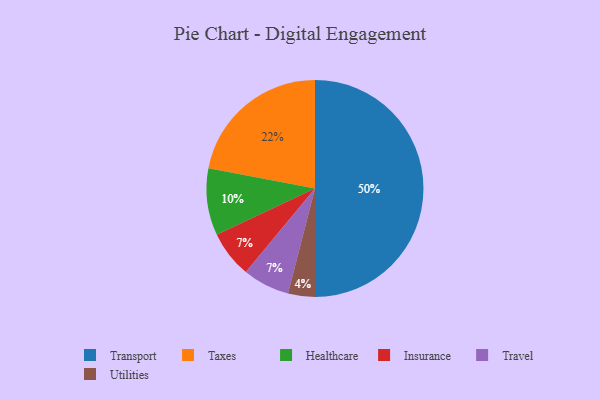
{"axis": {"x": "Category", "y": "Percentage"}, "legend": ["Healthcare", "Insurance", "Taxes", "Transport", "Travel", "Utilities"], "data": [{"x": "Transport", "y": 50, "type": "Transport"}, {"x": "Insurance", "y": 7, "type": "Insurance"}, {"x": "Utilities", "y": 4, "type": "Utilities"}, {"x": "Travel", "y": 7, "type": "Travel"}, {"x": "Taxes", "y": 22, "type": "Taxes"}, {"x": "Healthcare", "y": 10, "type": "Healthcare"}]}